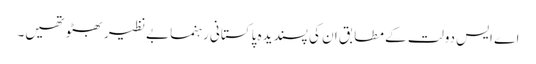
اے ایس دولت کے مطابق ان کی پسندیدہ پاکستانی رہنما بےنظیر بھٹو تھیں۔